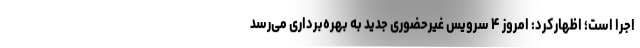
اجرا است؛ اظهارکرد: امروز ۴ سرویس غیرحضوری جدید به بهره‌برداری می‌رسد